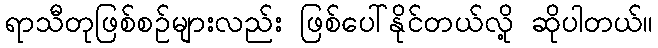
ရာသီတုဖြစ်စဉ်များလည်း ဖြစ်ပေါ်နိုင်တယ်လို့ ဆိုပါတယ်။